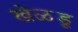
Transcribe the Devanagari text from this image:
खेळडू